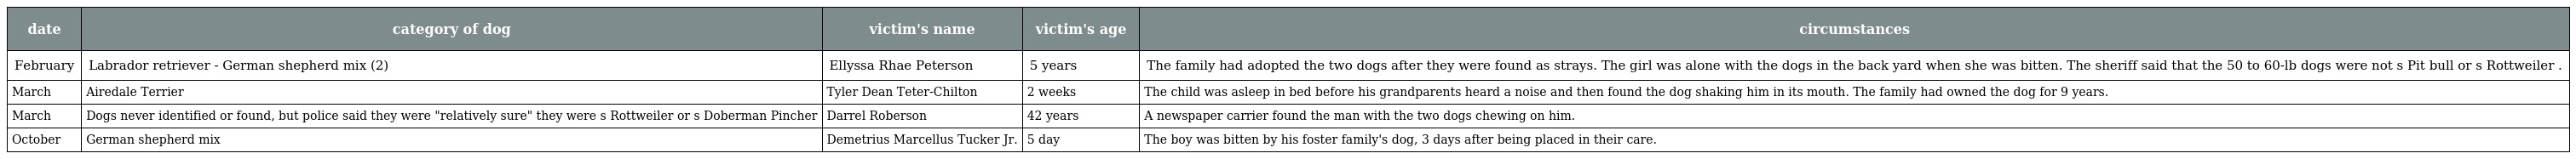
| date | category of dog | victim's name | victim's age | circumstances |
 | --- | --- | --- | --- | --- |
 | February | Labrador retriever - German shepherd mix (2) | Ellyssa Rhae Peterson | 5 years | The family had adopted the two dogs after they were found as strays. The girl was alone with the dogs in the back yard when she was bitten. The sheriff said that the 50 to 60-lb dogs were not s Pit bull or s Rottweiler . |
 | March | Airedale Terrier | Tyler Dean Teter-Chilton | 2 weeks | The child was asleep in bed before his grandparents heard a noise and then found the dog shaking him in its mouth. The family had owned the dog for 9 years. |
 | March | Dogs never identified or found, but police said they were "relatively sure" they were s Rottweiler or s Doberman Pincher | Darrel Roberson | 42 years | A newspaper carrier found the man with the two dogs chewing on him. |
 | October | German shepherd mix | Demetrius Marcellus Tucker Jr. | 5 day | The boy was bitten by his foster family's dog, 3 days after being placed in their care. |